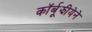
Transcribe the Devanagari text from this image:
कॉर्बूझीयेने